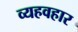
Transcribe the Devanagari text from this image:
व्यहवहार